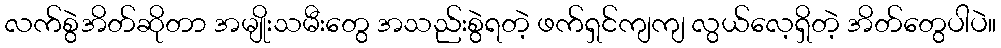
လက်စွဲအိတ်ဆိုတာ အမျိုးသမီးတွေ အသည်းစွဲရတဲ့ ဖက်ရှင်ကျကျ လွယ်လေ့ရှိတဲ့ အိတ်တွေပါပဲ။